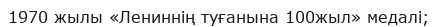
1970 жылы «Лениннің туғанына 100жыл» медалі;